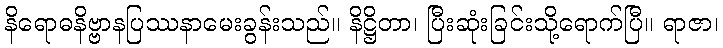
နိရောဓနိဗ္ဗာနပြဿနာမေးခွန်းသည်။ နိဋ္ဌိတာ၊ ပြီးဆုံးခြင်းသို့ရောက်ပြီ။ ရာဇာ၊